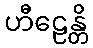
ဟီဠေန္တိ